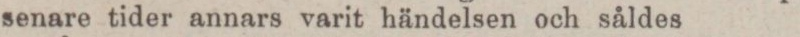
senare tider annars varit händelsen och såldes